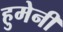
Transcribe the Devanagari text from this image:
हुमेनी